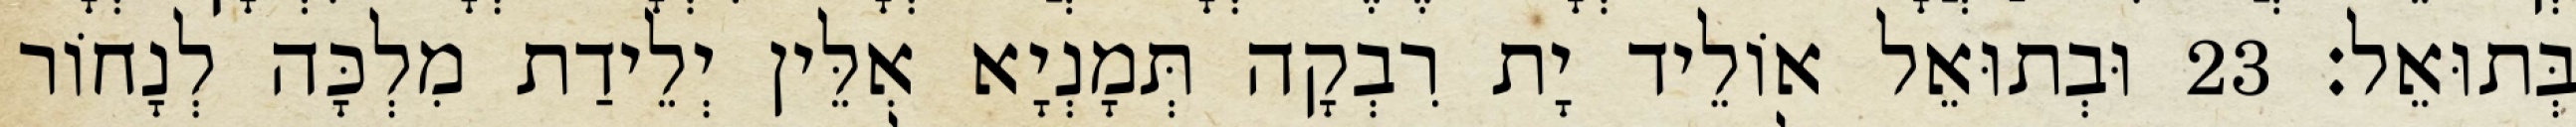
בְּתוּאֵל׃ 23 וּבְתוּאֵל אוֹלֵיד יָת רִבְקָה תְּמָנְיָא אִלֵּין יְלֵידַת מִלְכָּה לְנָחוֹר